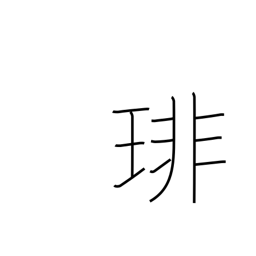
Meaning: string of many pearls